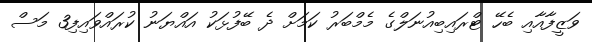
ވަޒީފާއާއި ބެހޭ ޓްރައިބިއުނަލްގެ މެމްބަރު ކަމަށް ދެ ބޭފުޅަކު އައްޔަނު ކުރައްވައިފި3 މަސް